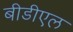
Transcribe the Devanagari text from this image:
बीडीएल